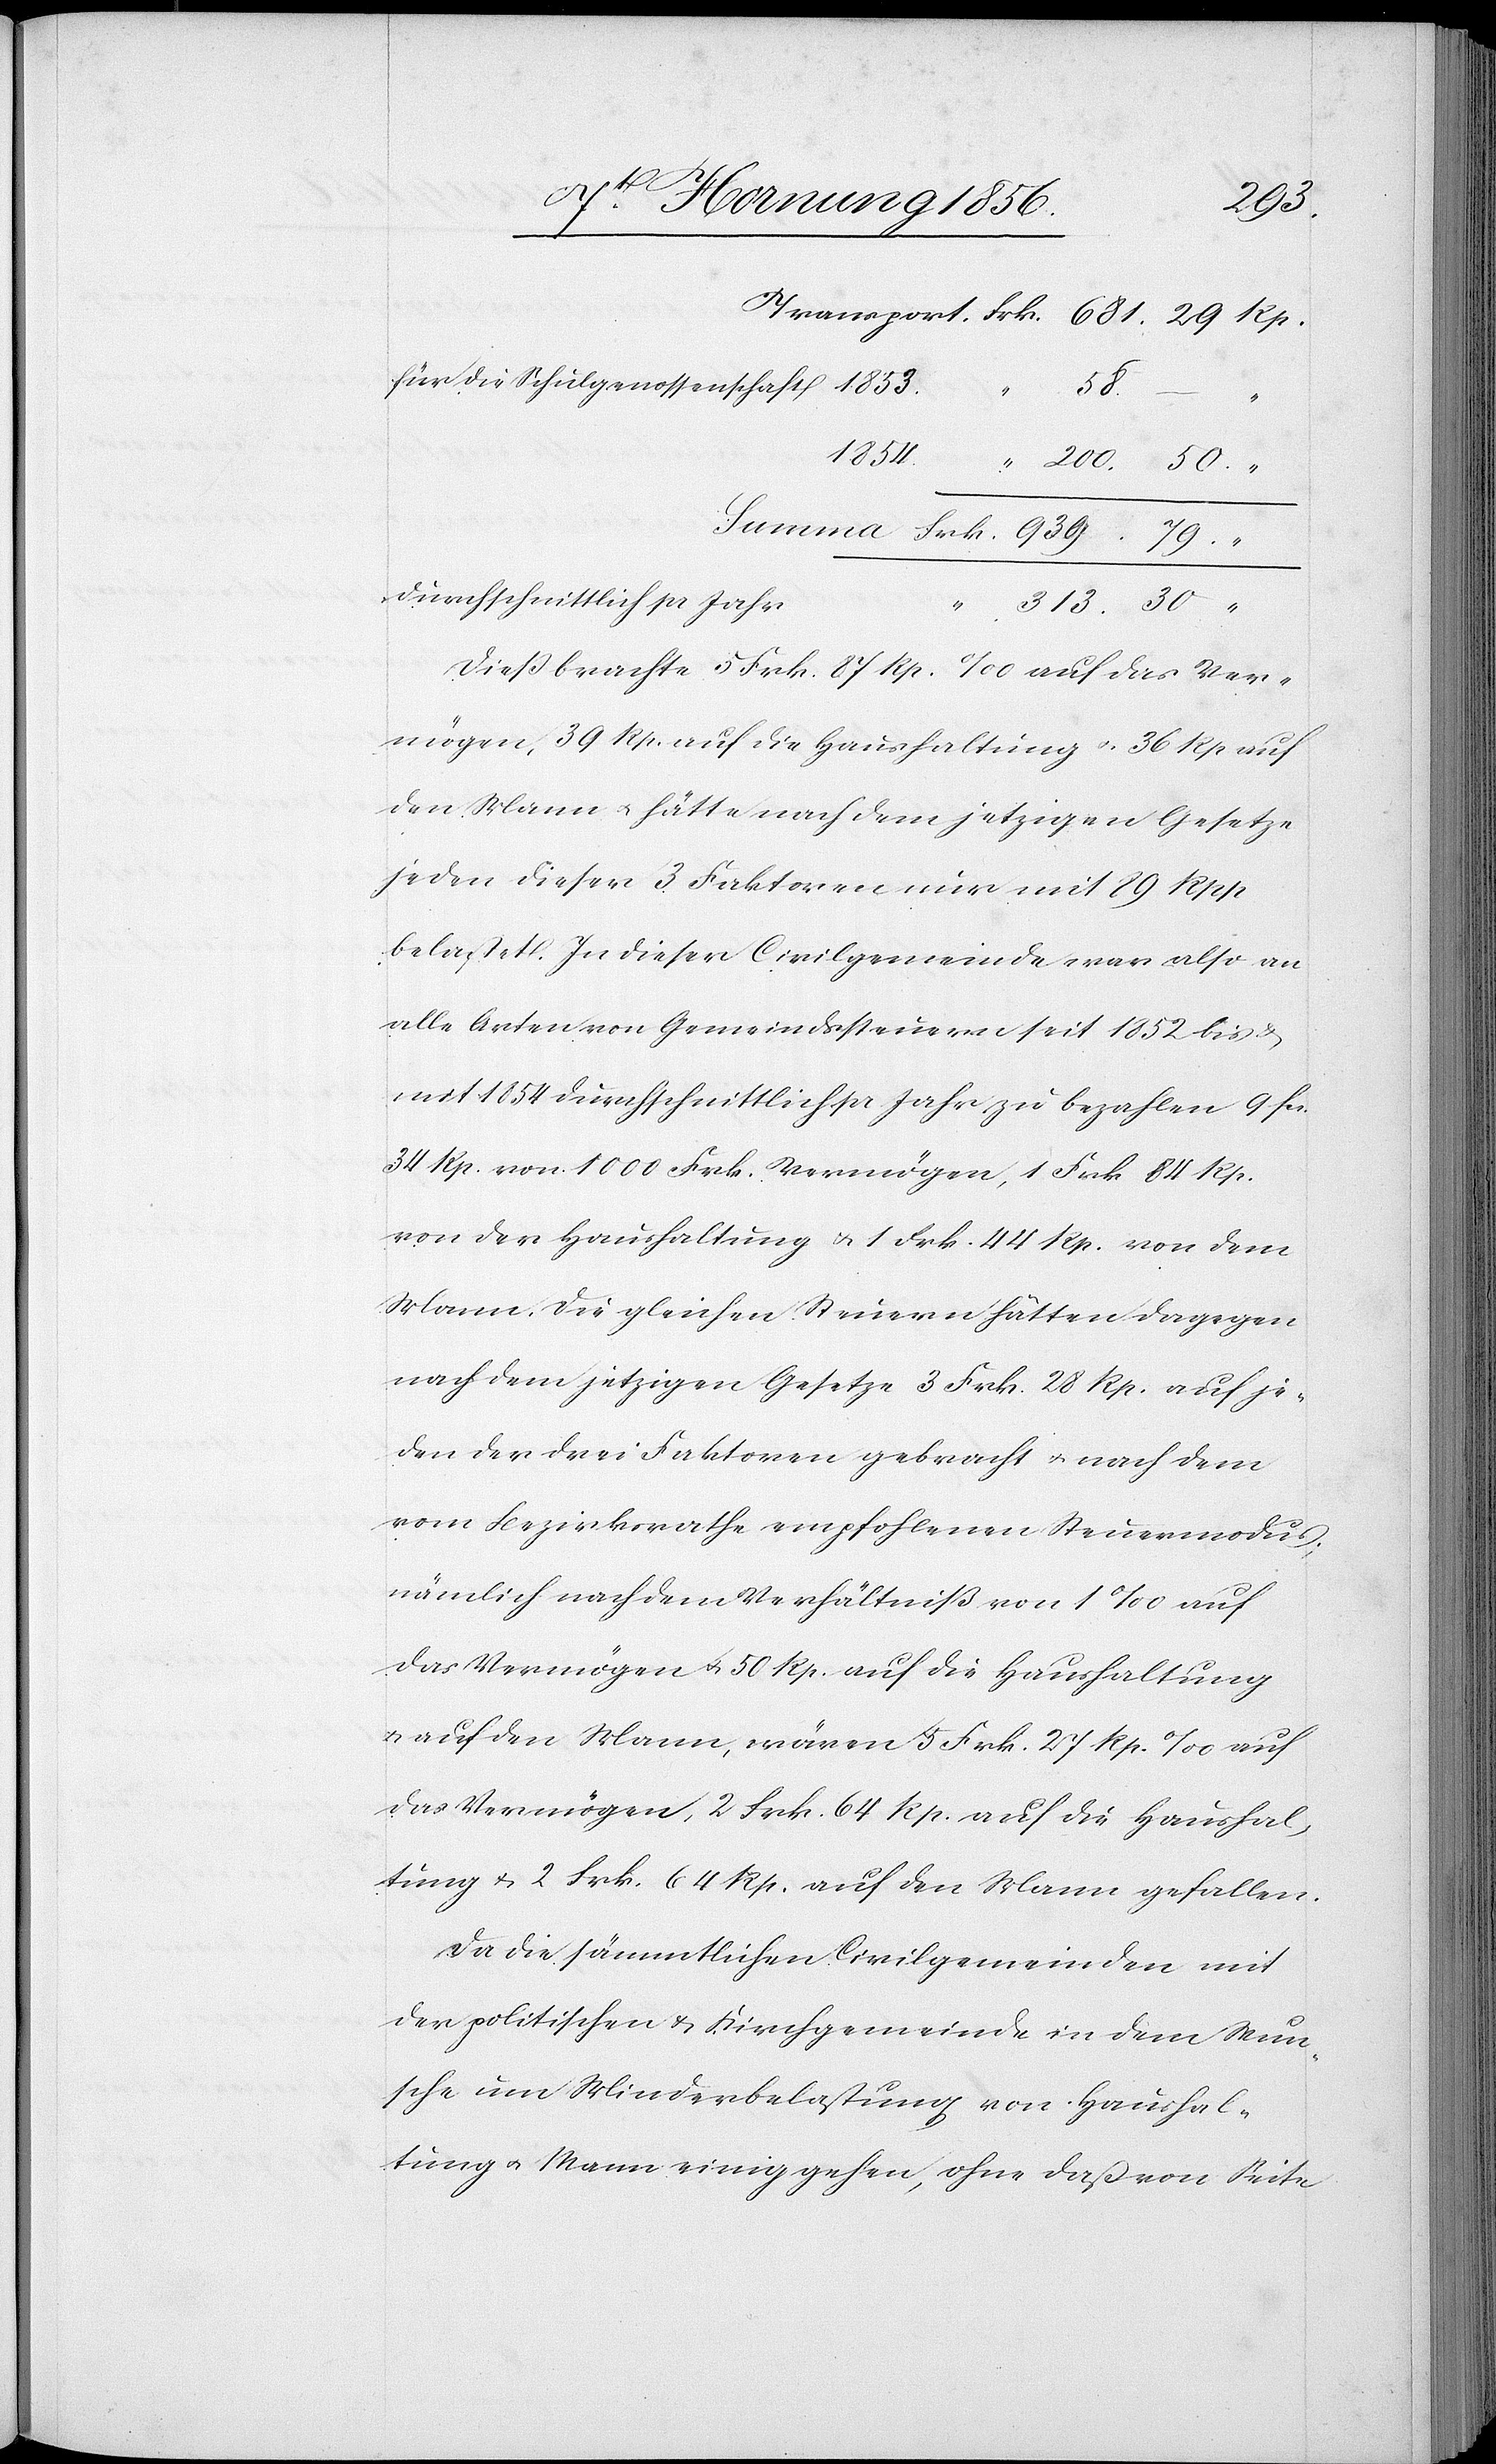
30
für die Schulgenossenschaft
50.
“
1854.
durchschnittlich pr Jahr
“.
Dieß brachte 5 Frk. 87 Rp. ‰ auf das Ver¬
mögen, 39 Rp. auf die Haushaltung u. 36 Rp auf
den Mann u. hätte nach dem jetzigen Gesetze
jeden dieser 3 Faktoren nur mit 89 Rpp
belastet. In dieser Civilgemeinde war also an
alle Arten von Gemeindssteuern seit 1852 bis &
mit 1854 durchschnittlich pr Jahr zu bezahlen 9 fcs.
34 Rp. von 1000 Frk. Vermögen, 1 Frk 84 Rp.
von der Haushaltung u. 1 Frk. 44 Rp. von dem
Mann, die gleichen Steuern hätten dagegen
nach dem jetzigen Gesetze 3 Frk. 28 Rp. auf je¬
den der drei Faktoren gebracht u. nach dem
vom Bezirksrathe empfohlenen Steuermodus;
nämlich nach dem Verhältniß von 1‰ auf
das Vermögen u. 50 Rp. auf die Haushaltung
u. auf den Mann, wären 5 Frk. 27 Rp. ‰ auf
das Vermögen, 2 Frk. 64 Rp. auf die Haushal¬
tung u. 2 Frk. 64 Rp. auf den Mann gefallen.
Da die sämmtlichen Civilgemeinden mit
der politischen u. Kirchgemeinde in dem Wun¬
sche um Minderbelastung von Haushal¬
tung u. Mann einig gehen, ohne das von Seite